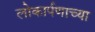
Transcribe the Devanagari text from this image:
लोकार्पणाच्या